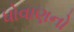
ધોવાણનો